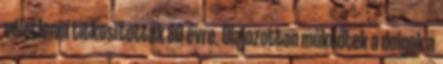
véletlenül titkosították 80 évre. Olajozottan működtek a dolgok a